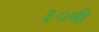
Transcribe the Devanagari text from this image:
३०सी